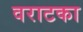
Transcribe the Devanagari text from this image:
वराटका